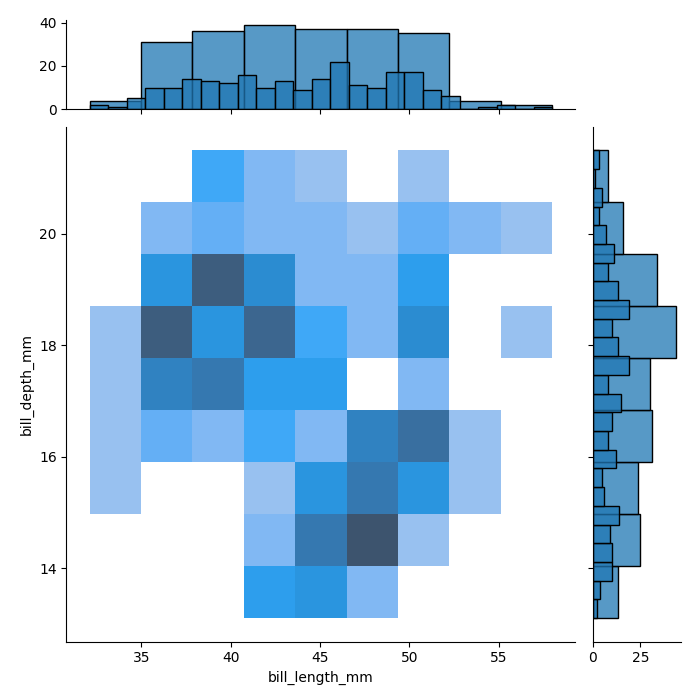
python, seaborn, jointplot, kind='hist', height='7', ratio='5', marginal_ticks='True'